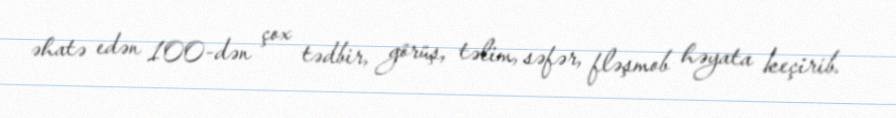
əhatə edən 100-dən çox tədbir, görüş, təlim, səfər, fləşmob həyata keçirib.